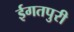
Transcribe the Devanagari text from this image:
ईगतपुरी